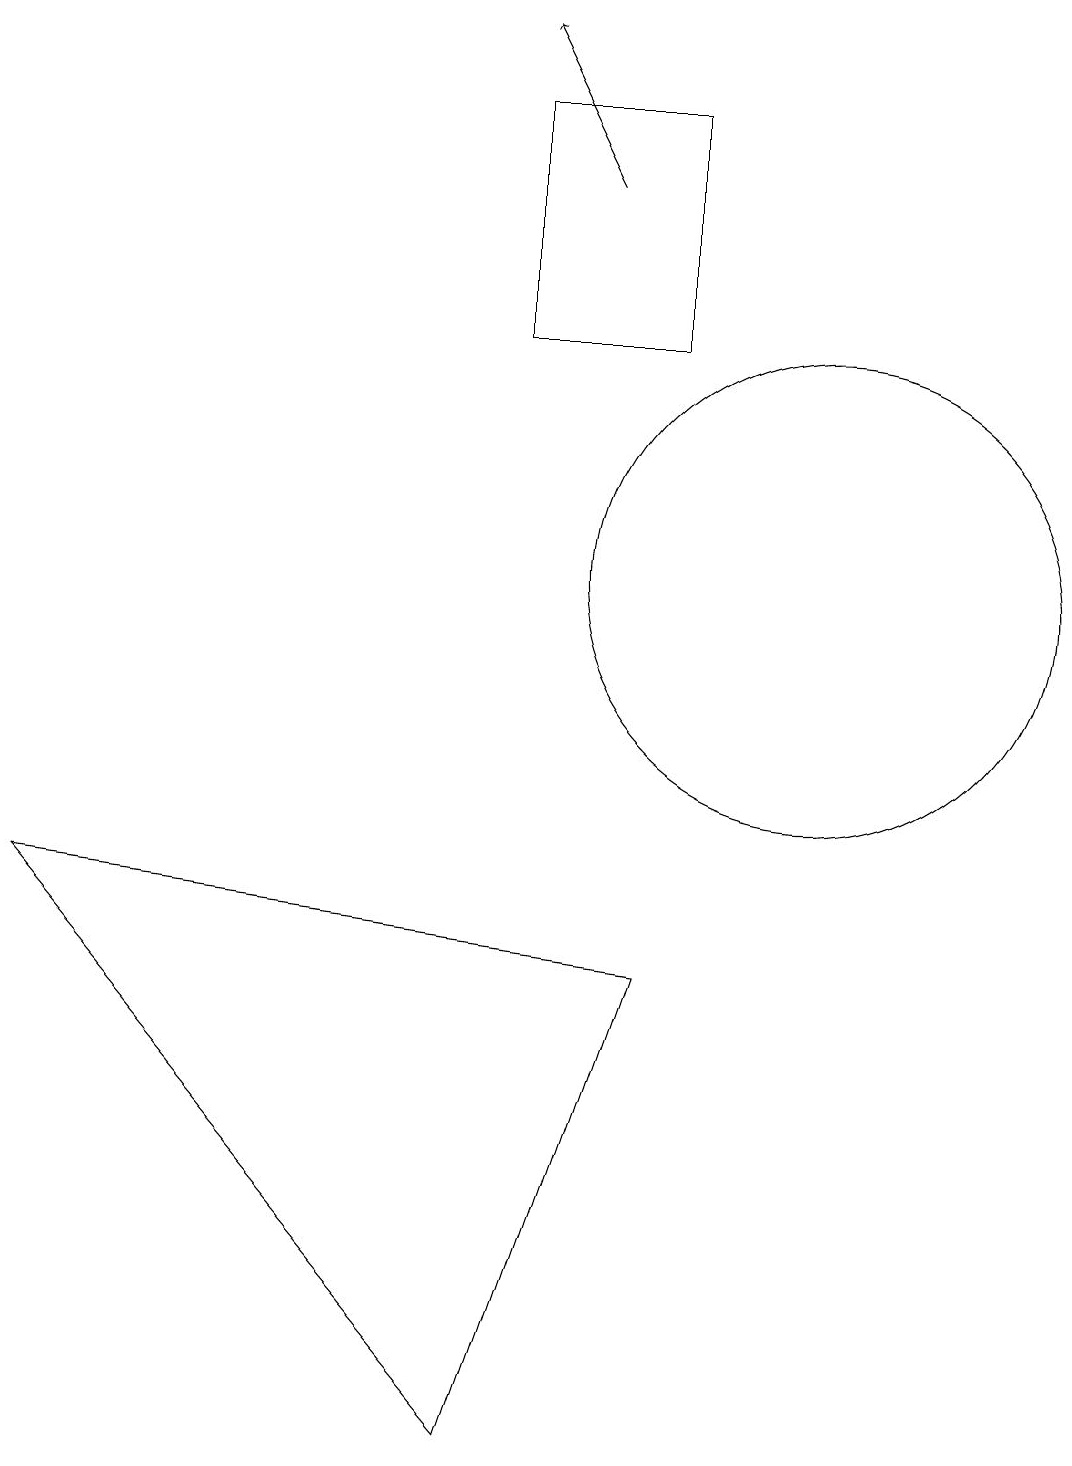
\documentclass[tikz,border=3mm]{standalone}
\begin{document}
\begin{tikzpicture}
\draw (9,6) -- (7,0) -- (1,7) -- cycle;
\draw (11,11) circle (3);
\draw (9,17) rectangle (7,14);
\draw[->] (8,16) -- (7,18);
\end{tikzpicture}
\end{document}